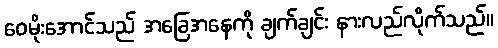
ဝေမိုးအောင်သည် အခြေအနေကို ချက်ချင်း နားလည်လိုက်သည်။